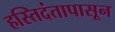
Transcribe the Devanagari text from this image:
हस्तिदंतापासून